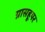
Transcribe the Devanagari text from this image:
ग्रासहूपर